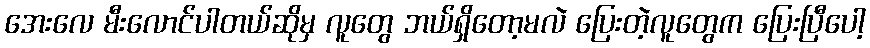
အေးလေ မီးလောင်ပါတယ်ဆိုမှ လူတွေ ဘယ်ရှိတော့မလဲ ပြေးတဲ့လူတွေက ပြေးပြီပေါ့